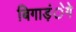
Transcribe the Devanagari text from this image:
बिगाड़ंेगे